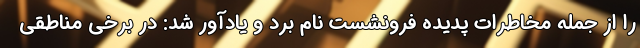
را از جمله مخاطرات پدیده فرونشست نام برد و یادآور شد: در برخی مناطقی